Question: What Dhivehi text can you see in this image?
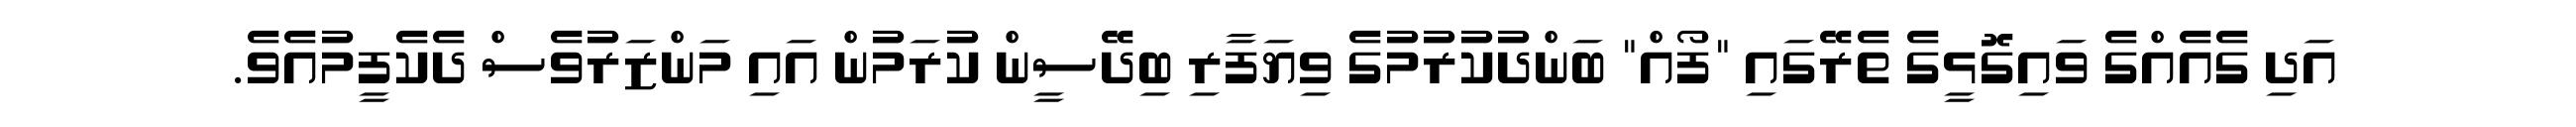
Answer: އަދި ގެއެއްގެ ވައިގޮޅީގެ ތެރޭގައި "ފޯއް" ބަންދުކުރުމުގެ ވިޔަފާރި ބިދޭސީން ކުރަމުން އައި މަންޒަރުވެސް ދެކެފީމުއެވެ.